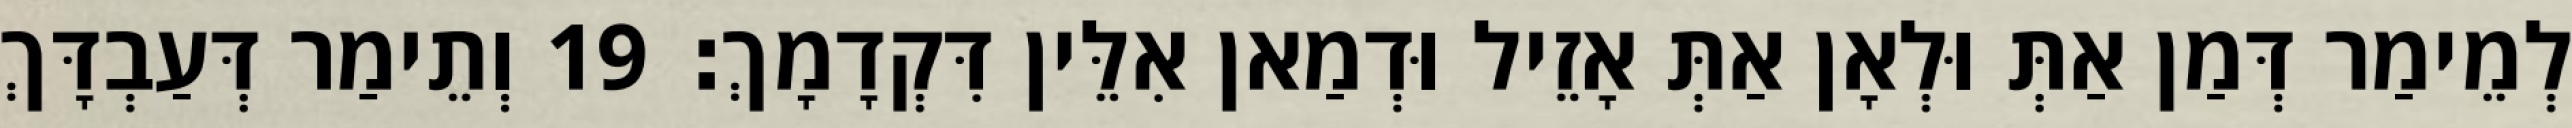
לְמֵימַר דְּמַן אַתְּ וּלְאָן אַתְּ אָזֵיל וּדְמַאן אִלֵּין דִּקְדָמָךְ׃ 19 וְתֵימַר דְּעַבְדָּךְ